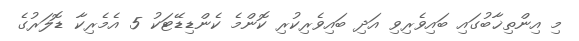
މި އިންތިޚާބުގައި ބައިވެރިވި އަދި ބައިވެރިކުރި ކޮންމެ ކެންޑިޑޭޓަކު 5 އެމެރިކާ ޑޮލަރުގެ